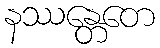
နဿန္တေတေ